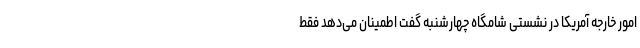
امور خارجه آمریکا در نشستی شامگاه چهارشنبه گفت اطمینان می‌دهد فقط